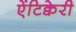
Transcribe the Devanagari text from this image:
ऐंटिक्वेरी